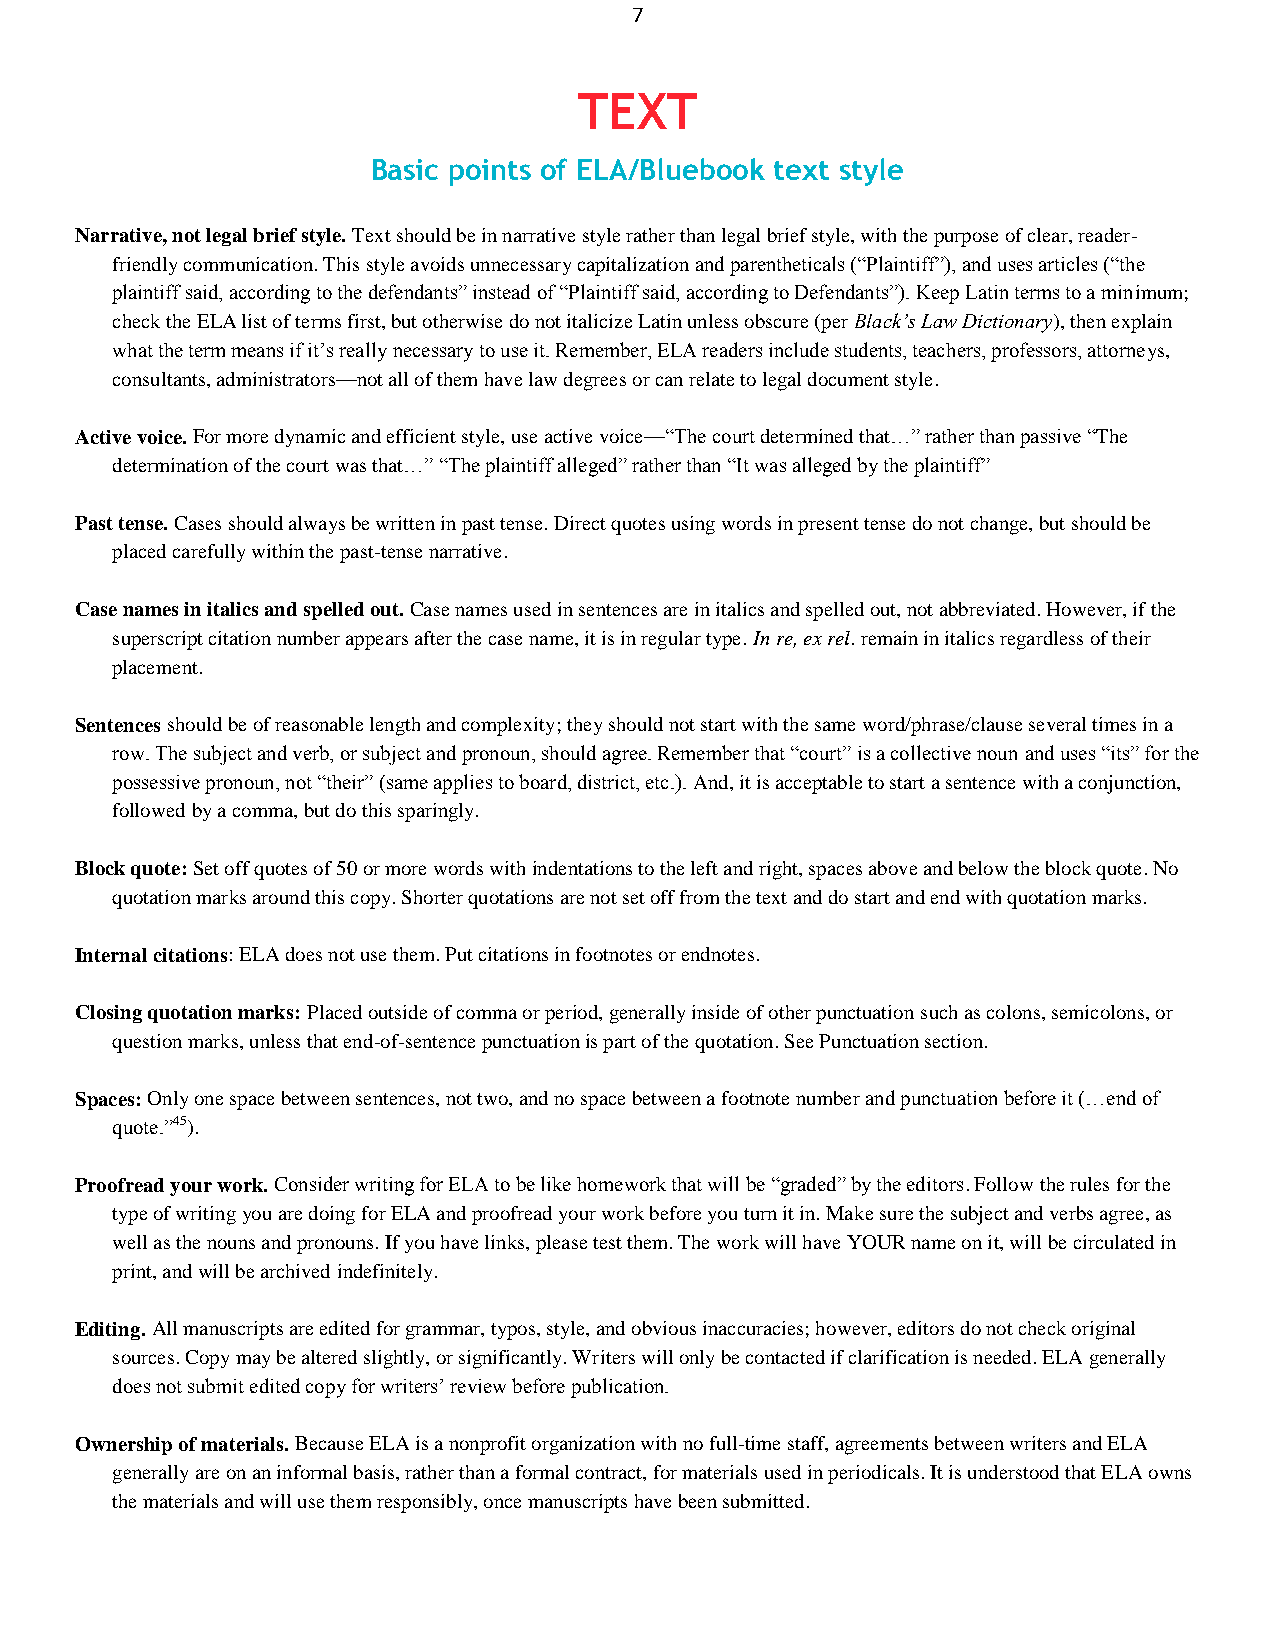
7
 TEXT
 Basic points of ELA/Bluebook text style
 Narrative, not legal brief style. Text should be in narrative style rather than legal brief style, with the purpose of clear, reader-
 friendly communication. This style avoids unnecessary capitalization and parentheticals (―Plaintiff‖), and uses articles (―the
 plaintiff said, according to the defendants‖ instead of ―Plaintiff said, according to Defendants‖). Keep Latin terms to a minimum;
 check the ELA list of terms first, but otherwise do not italicize Latin unless obscure (per Black‟s Law Dictionary), then explain
 what the term means if it’s really necessary to use it. Remember, ELA readers include students, teachers, professors, attorneys,
 consultants, administrators—not all of them have law degrees or can relate to legal document style.
 Active voice. For more dynamic and efficient style, use active voice—―The court determined that…‖ rather than passive ―The
 determination of the court was that…‖ ―The plaintiff alleged‖ rather than ―It was alleged by the plaintiff‖
 Past tense. Cases should always be written in past tense. Direct quotes using words in present tense do not change, but should be
 placed carefully within the past-tense narrative.
 Case names in italics and spelled out. Case names used in sentences are in italics and spelled out, not abbreviated. However, if the
 superscript citation number appears after the case name, it is in regular type. In re, ex rel. remain in italics regardless of their
 placement.
 Sentences should be of reasonable length and complexity; they should not start with the same word/phrase/clause several times in a
 row. The subject and verb, or subject and pronoun, should agree. Remember that ―court‖ is a collective noun and uses ―its‖ for the
 possessive pronoun, not ―their‖ (same applies to board, district, etc.). And, it is acceptable to start a sentence with a conjunction,
 followed by a comma, but do this sparingly.
 Block quote: Set off quotes of 50 or more words with indentations to the left and right, spaces above and below the block quote. No
 quotation marks around this copy. Shorter quotations are not set off from the text and do start and end with quotation marks.
 Internal citations: ELA does not use them. Put citations in footnotes or endnotes.
 Closing quotation marks: Placed outside of comma or period, generally inside of other punctuation such as colons, semicolons, or
 question marks, unless that end-of-sentence punctuation is part of the quotation. See Punctuation section.
 Spaces: Only one space between sentences, not two, and no space between a footnote number and punctuation before it (…end of
 quote.‖45).
 Proofread your work. Consider writing for ELA to be like homework that will be ―graded‖ by the editors. Follow the rules for the
 type of writing you are doing for ELA and proofread your work before you turn it in. Make sure the subject and verbs agree, as
 well as the nouns and pronouns. If you have links, please test them. The work will have YOUR name on it, will be circulated in
 print, and will be archived indefinitely.
 Editing. All manuscripts are edited for grammar, typos, style, and obvious inaccuracies; however, editors do not check original
 sources. Copy may be altered slightly, or significantly. Writers will only be contacted if clarification is needed. ELA generally
 does not submit edited copy for writers’ review before publication.
 Ownership of materials. Because ELA is a nonprofit organization with no full-time staff, agreements between writers and ELA
 generally are on an informal basis, rather than a formal contract, for materials used in periodicals. It is understood that ELA owns
 the materials and will use them responsibly, once manuscripts have been submitted.